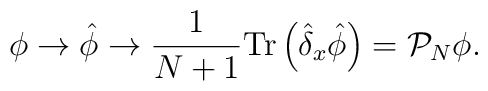
\phi \to \hat{\phi} \to {1\over N+1} {\rm Tr} \left( \hat{\delta}_x \hat{\phi} \right) = {\cal P}_N \phi.